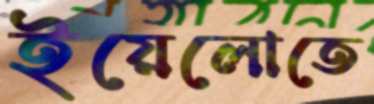
ইয়েলোতে